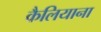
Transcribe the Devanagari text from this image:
कैलियाना